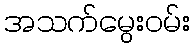
အသက်မွေးဝမ်း